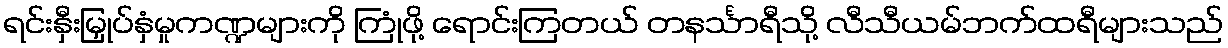
ရင်းနှီးမြှုပ်နှံမှုကဏ္ဍများကို ကြုံဖို့ ရောင်းကြတယ် တနင်္သာရီသို့ လီသီယမ်ဘက်ထရီများသည်